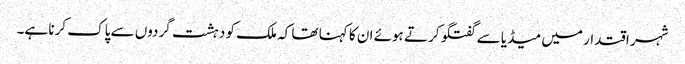
شہر اقتدار میں میڈیا سے گفتگو کرتے ہوئے ان کا کہنا تھا کہ ملک کو دہشت گردوں سے پاک کرنا ہے۔